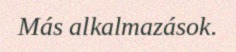
Más alkalmazások.